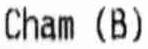
CHAM (B)